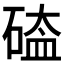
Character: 𥔐